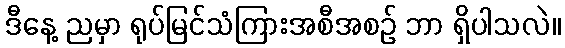
ဒီနေ့ ညမှာ ရုပ်မြင်သံကြားအစီအစဉ် ဘာ ရှိပါသလဲ။